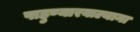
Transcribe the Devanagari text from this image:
पाहुण्यारवाल्याना